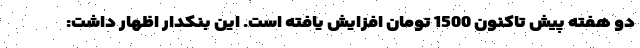
دو هفته پیش تاکنون 1500 تومان افزایش یافته است. این بنکدار اظهار داشت: